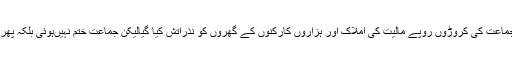
کشمیر میں بڑے پیمانے پر فسادات ہوئے جن میں جماعت کی کروڑوں روپے مالیت کی املاک اور ہزاروں کارکْنوں کے گھروں کو نذرِآتش کیا گیالیکن جماعت ختم نہیںہوئی بلکہ پھر ابھری اور ایک سیاسی قوت کے طور سامنے آئی ۔